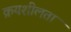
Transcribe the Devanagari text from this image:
क्रयशीलता